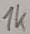
Text: 1K